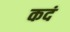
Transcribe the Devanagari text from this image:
कदं